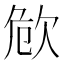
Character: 𣢪